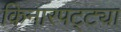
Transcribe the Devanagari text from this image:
किनारपट्ट्या